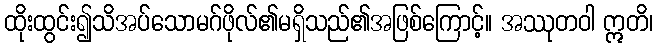
ထိုးထွင်း၍သိအပ်သောမဂ်ဖိုလ်၏မရှိသည်၏အဖြစ်ကြောင့်။ အဿုတဝါ ဣတိ၊